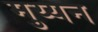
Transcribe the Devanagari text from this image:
मुय्यन